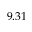
9 . 3 1